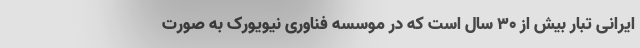
ایرانی ‌تبار بیش از ۳۰ سال است که در موسسه فناوری نیویورک به صورت